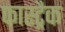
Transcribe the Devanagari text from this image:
फास्ट्रैक